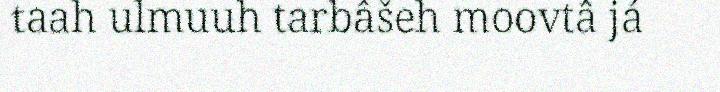
taah ulmuuh tarbâšeh moovtâ já